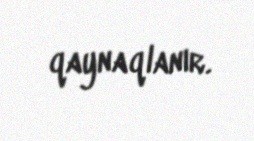
qaynaqlanır.